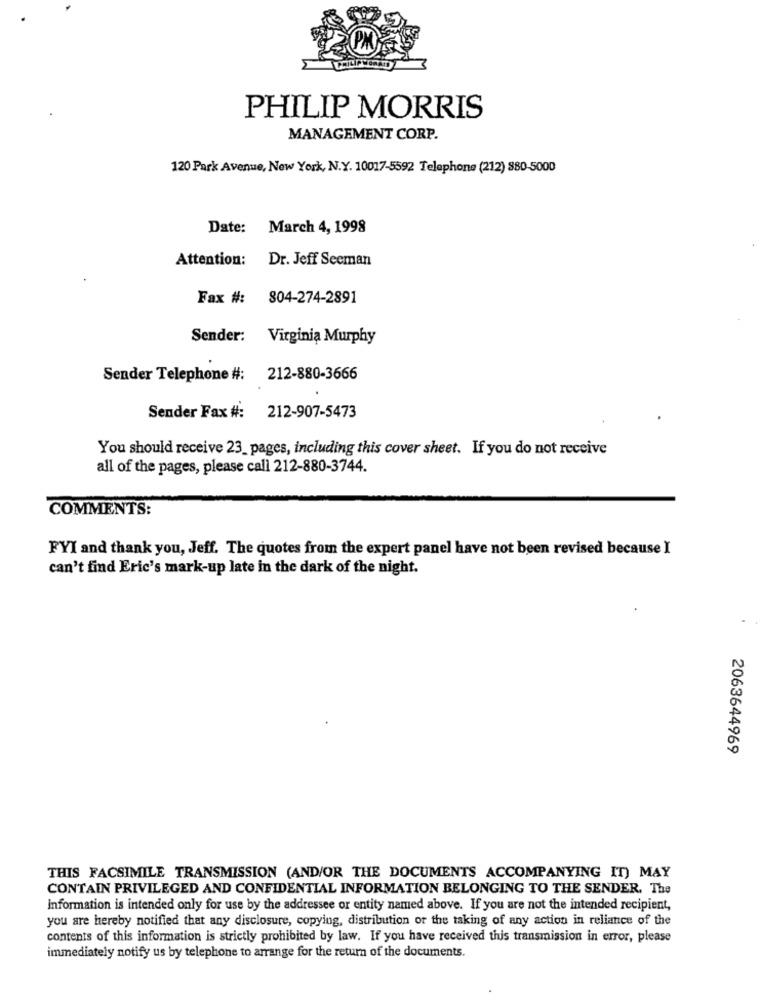
PHILIP MORRIS
MANAGEMENT CORP.
120 Park Avenue, New York, N.Y. 10017-5592 Telephone (212) 880-5000
Date:
March 4, 1998
Attention:
Dr. Jeff Seeman
Fax #: 804-274-2891
Sender: Virginia Murphy
Sender Telephone #: 212-880-3666
Sender Fax #: 212-907-5473
You should receive 23_pages, including this cover sheet. If you do not receive
all of the pages, please call 212-880-3744.
COMMENTS:
FYI and thank you, Jeff. The quotes from the expert panel have not been revised because I
can't find Eric's mark-up late in the dark of the night.
2063644969
THIS FACSIMILE TRANSMISSION (AND/OR THE DOCUMENTS ACCOMPANYING IT) MAY
CONTAIN PRIVILEGED AND CONFIDENTIAL INFORMATION BELONGING TO THE SENDER. The
Information is intended only for use by the addressee or entity named above. If you are not the intended recipient,
you are hereby notified that any disclosure, copying, distribution or the taking of any action in reliance of the
contents of this information is strictly prohibited by law. If you have received this transmission in error, please
immediately notify us by telephone to arrange for the return of the documents.